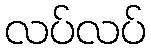
လပ်လပ်